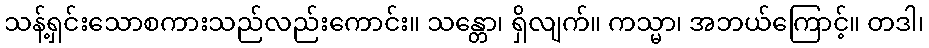
သန့်ရှင်းသောစကားသည်လည်းကောင်း။ သန္တော၊ ရှိလျက်။ ကသ္မာ၊ အဘယ်ကြောင့်။ တဒါ၊